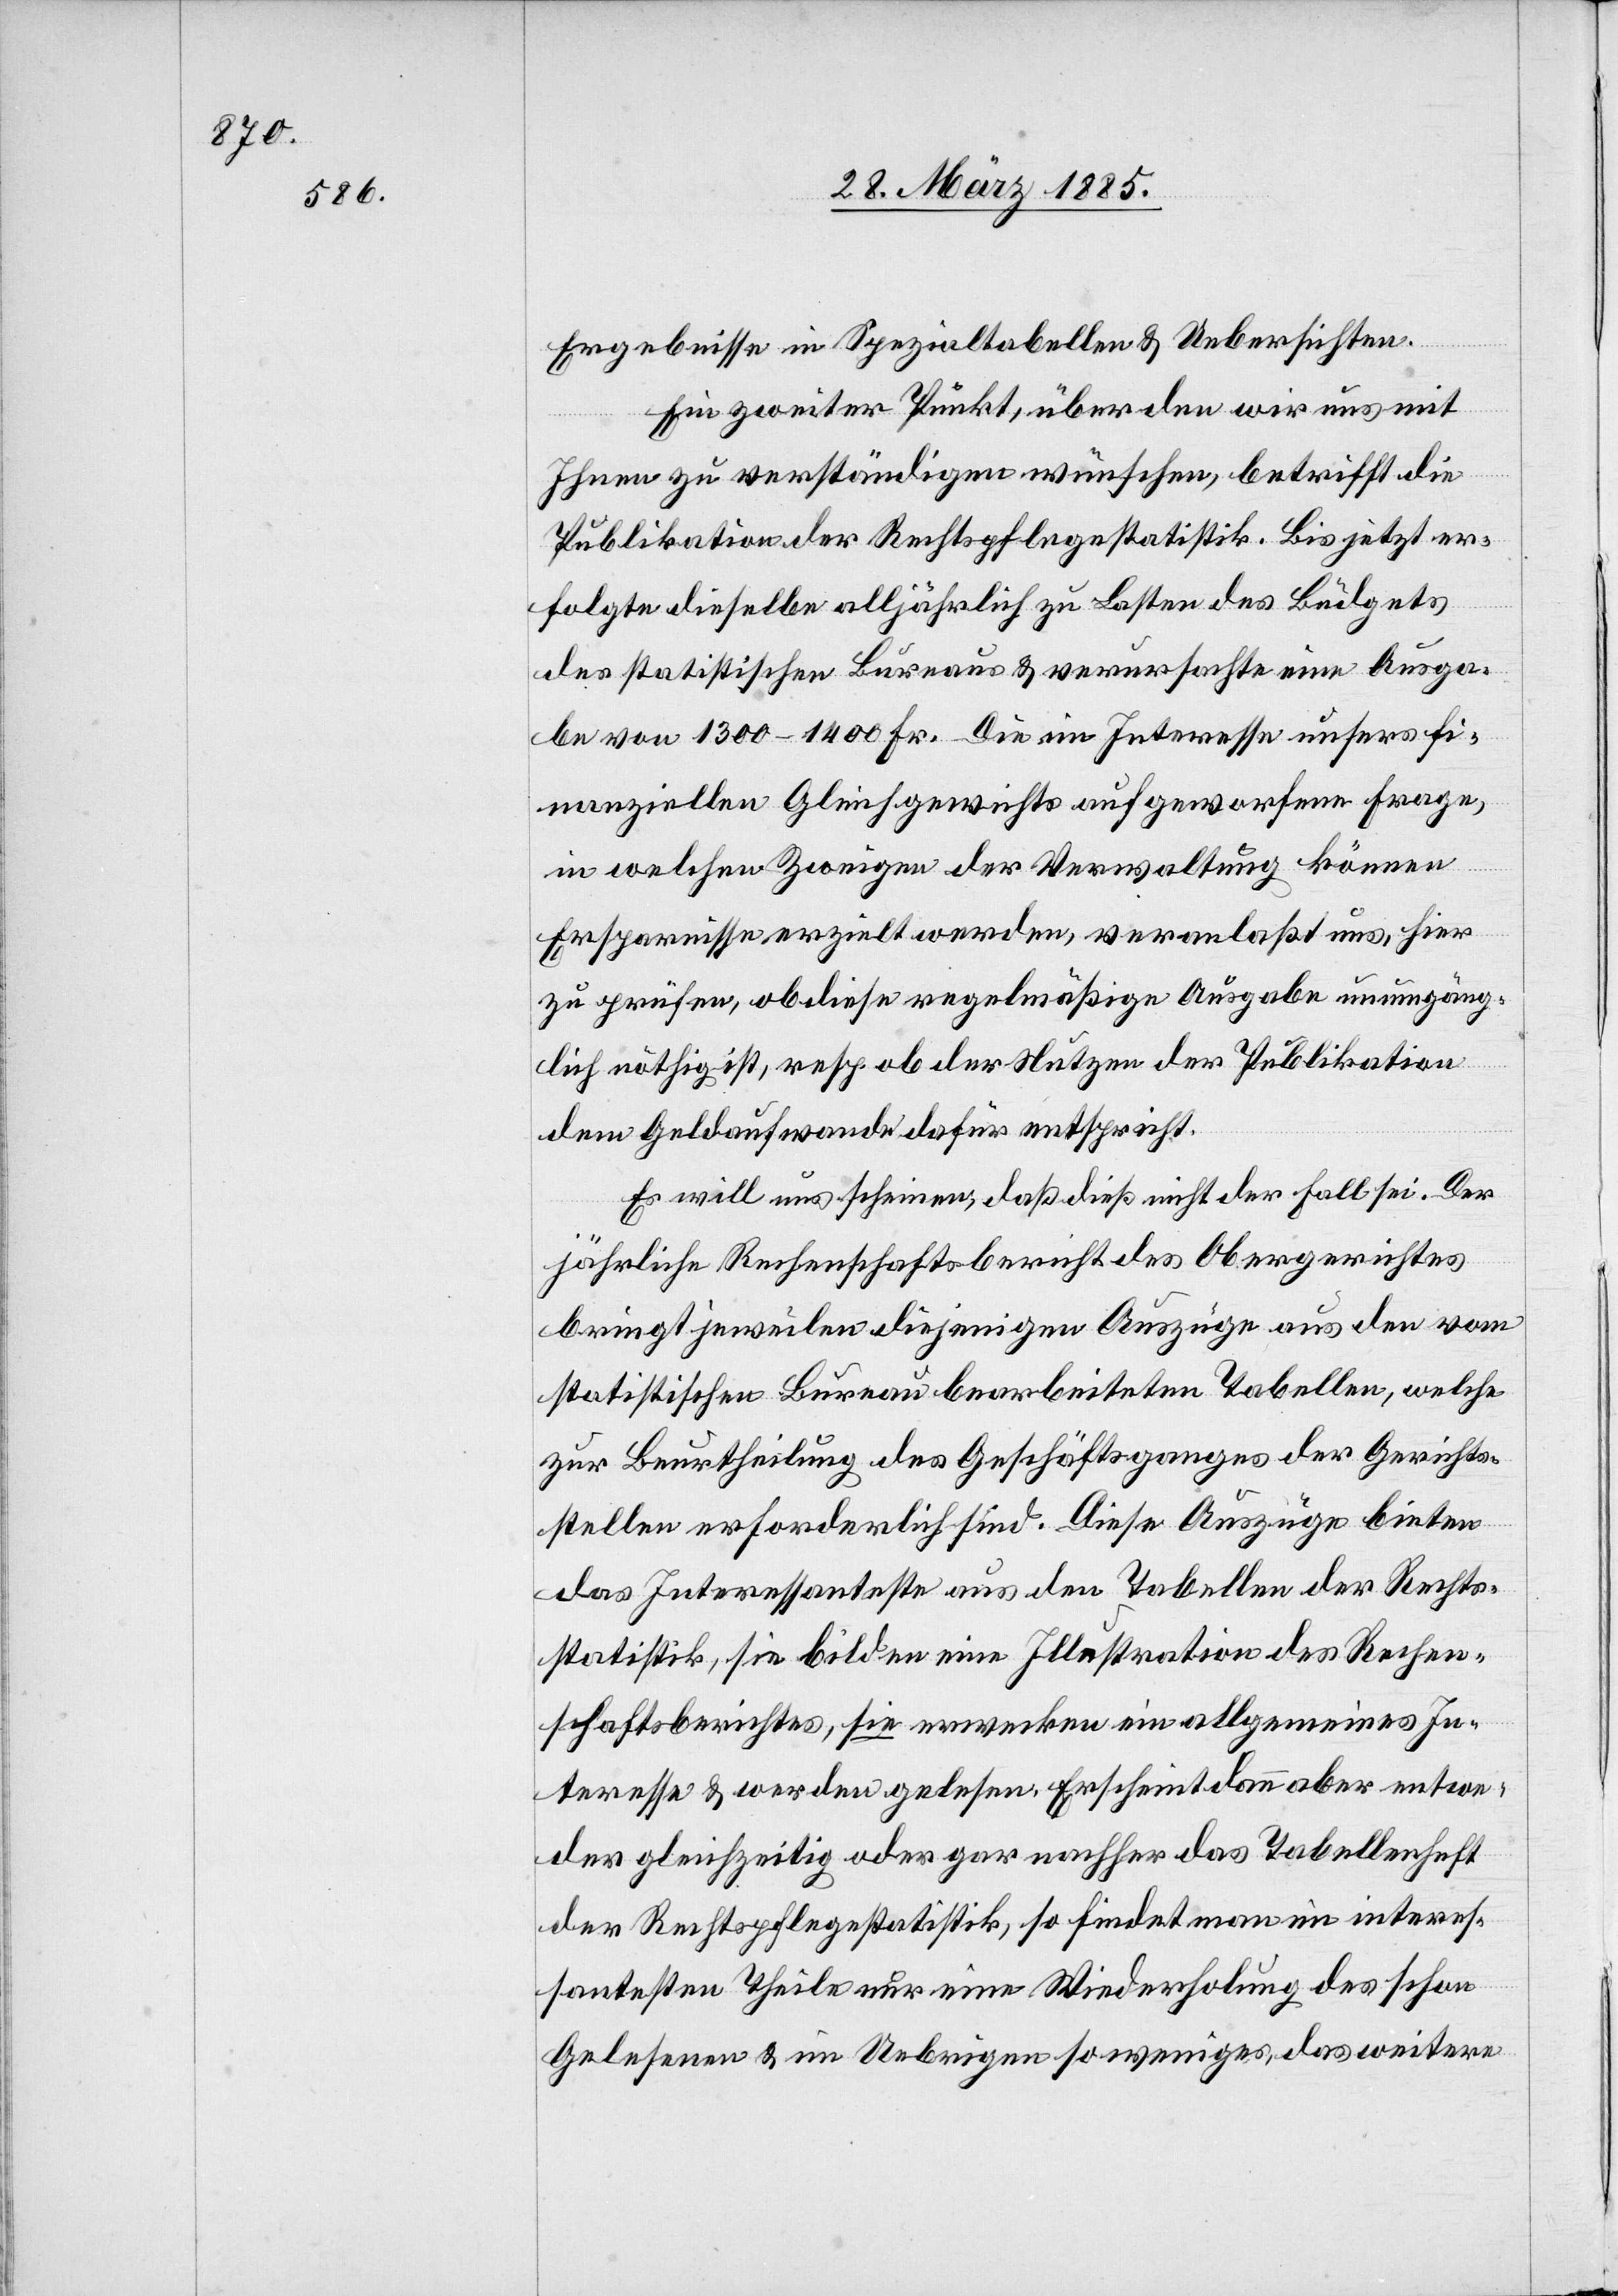
Ergebnisse in Spezialtabellen & Uebersichten.
Ein zweiter Punkt, über den wir uns mit
Ihnen zu verständigen wünschen, betrifft die
Publikation der Rechtspflegestatistik. Bis jetzt er¬
folgte dieselbe alljährlich zu Lasten des Büdgets
des statistischen Bureaus & verursachte eine Ausga¬
be von 1300–1400 Fr. Die im Interesse unsers fi¬
nanziellen Gleichgewichts aufgeworfene Frage,
in welchen Zweigen der Verwaltung können
Ersparnisse erzielt werden, veranlaßt uns, hier
zu prüfen, ob diese regelmäßige Ausgabe unumgäng¬
lich nöthig ist, resp. ob der Nutzen der Publikation
dem Geldaufwande dafür entspricht.
Es will uns scheinen, daß dieß nicht der Fall sei. Der
jährliche Rechenschaftsbericht des Obergerichtes
bringt jeweilen diejenigen Auszüge aus den vom
statistischen Bureau bearbeiteten Tabellen, welche
zur Beurtheilung des Geschäftsganges der Gerichts¬
stellen erforderlich sind. Diese Auszüge bieten
das Interessanteste aus den Tabellen der Rechts¬
statistik, sie bilden eine Illustration des Rechen¬
schaftsberichtes, sie erwecken ein allgemeines In¬
teresse & werden gelesen. Erscheint dann aber entwe¬
der gleichzeitig oder gar nachher das Tabellenheft
der Rechtspflegestatistik, so findet man im interes¬
santesten Theile nur eine Wiederholung des schon
Gelesenen & im Uebrigen so weniges, das weitere